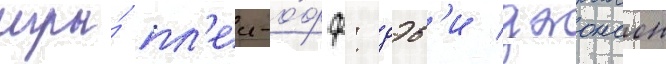
игры́ пл'еи-о́фф: дэв'и джонсон